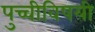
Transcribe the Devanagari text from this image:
पुच्चीविषयी